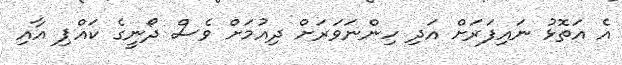
އެ އަތޮޅު ނައިފަރަށް އަދި ހިންނަވަރަށް ދިއުމަށް ވެސް ދޯނީގެ ކައްޕި އާއި